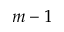
m - 1